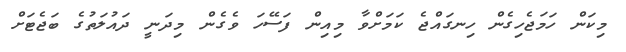
މިކަން ހަމަޖެހިގެން ހިނގައްޖެ ކަމަށްވާ މިއިން ފަސޭހަ ވެގެން މިދަނީ ދައުލަތުގެ ބަޖެޓަށް